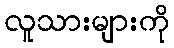
လူသားများကို